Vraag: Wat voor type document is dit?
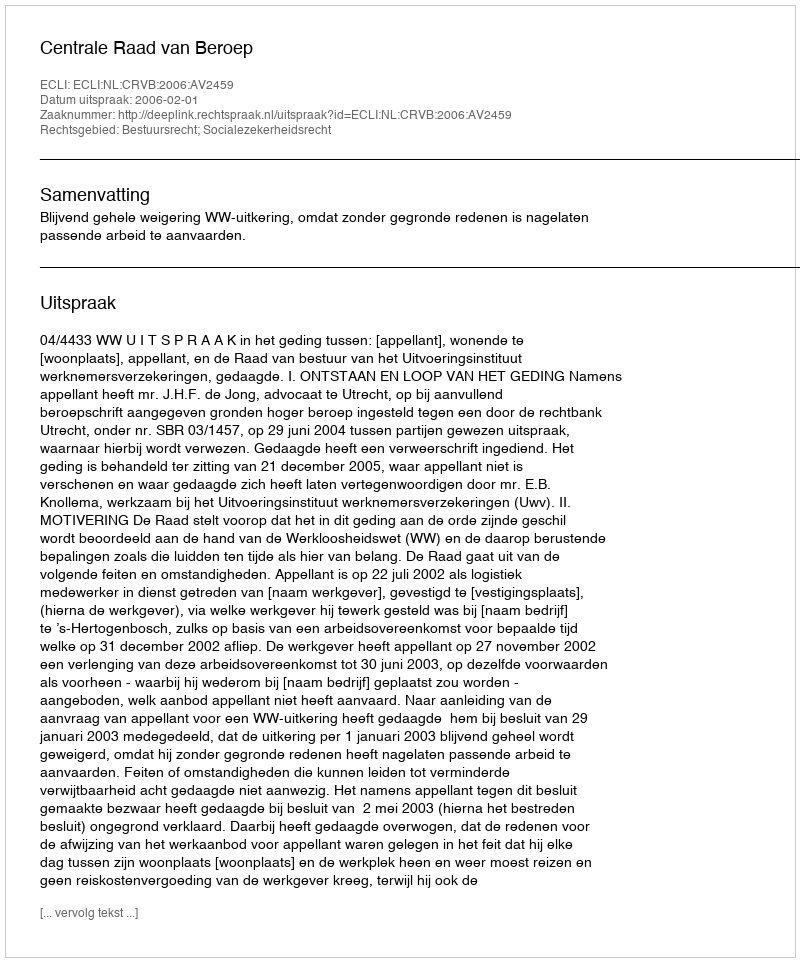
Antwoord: Uitspraak